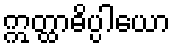
ဣတ္ထာဓိပ္ပါယော